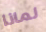
لماذا